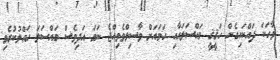
ވާހަކަ ދައްކައިގެން ހަޤީޤީ މައްސަލައާއި ހަމައަށް ވާސިލްވެވިއްޖެ ނަމަ އަދިވެސް މައްސަލަ ހައްލުކުރެވި